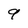
Character: 9